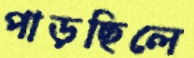
পাড়ছিলে